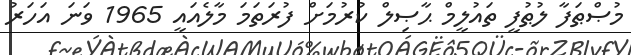
މުޞްޠަފާ ލުޠުފީ ތައުލީމް ޙާޞިލް ކުރުމަށް ފުރަތަމަ މާލެއައީ 1965 ވަނަ އަހަރު